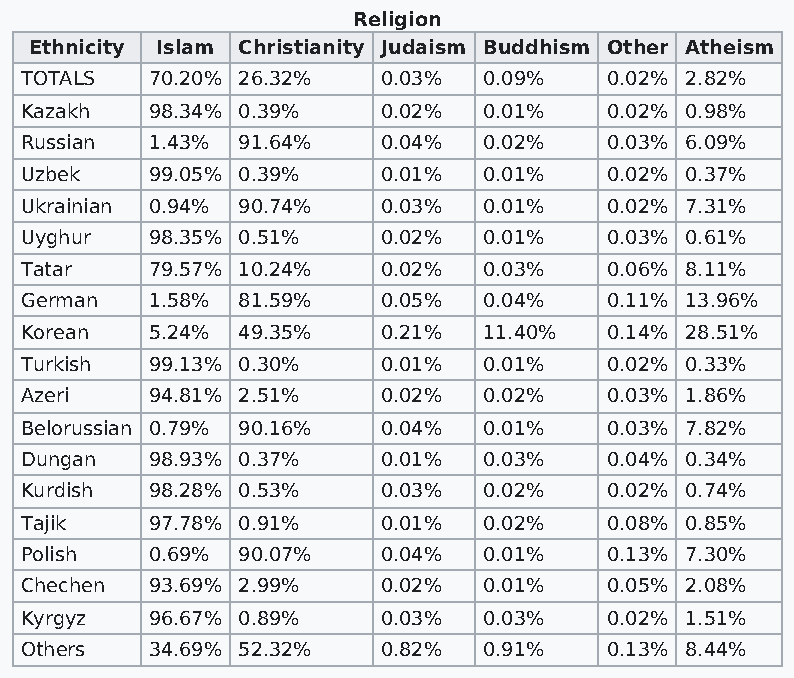
Religion
 Ethnicity Islam Christianity Judaism Buddhism Other Atheism
 TOTALS   70.20% 26.32%  0.03%  0.09%   0.02% 2.82%
 Kazakh   98.34% 0.39%   0.02%  0.01%   0.02% 0.98%
 Russian  1.43% 91.64%   0.04%  0.02%   0.03% 6.09%
 Uzbek    99.05% 0.39%   0.01%  0.01%   0.02% 0.37%
 Ukrainian 0.94% 90.74%  0.03%  0.01%   0.02% 7.31%
 Uyghur   98.35% 0.51%   0.02%  0.01%   0.03% 0.61%
 Tatar    79.57% 10.24%  0.02%  0.03%   0.06% 8.11%
 German   1.58% 81.59%   0.05%  0.04%   0.11% 13.96%
 Korean   5.24% 49.35%   0.21%  11.40%  0.14% 28.51%
 Turkish  99.13% 0.30%   0.01%  0.01%   0.02% 0.33%
 Azeri    94.81% 2.51%   0.02%  0.02%   0.03% 1.86%
 Belorussian 0.79% 90.16% 0.04% 0.01%   0.03% 7.82%
 Dungan   98.93% 0.37%   0.01%  0.03%   0.04% 0.34%
 Kurdish  98.28% 0.53%   0.03%  0.02%   0.02% 0.74%
 Tajik    97.78% 0.91%   0.01%  0.02%   0.08% 0.85%
 Polish   0.69% 90.07%   0.04%  0.01%   0.13% 7.30%
 Chechen  93.69% 2.99%   0.02%  0.01%   0.05% 2.08%
 Kyrgyz   96.67% 0.89%   0.03%  0.03%   0.02% 1.51%
 Others   34.69% 52.32%  0.82%  0.91%   0.13% 8.44%